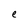
Character: e